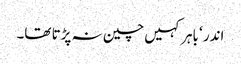
اندر ‘ باہر کہیں چین نہ پڑتا تھا۔